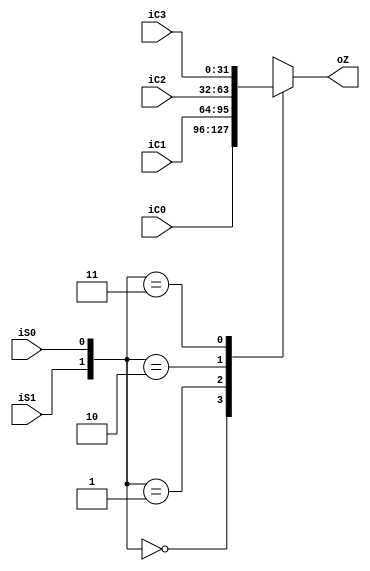
`timescale 1ns / 1ps
module MUX #(parameter WIDTH = 32)
(
    iC0,
    iC1,
    iC2,
    iC3,
    iS1,
    iS0,
    oZ
);
    input [WIDTH - 1:0] iC0;
    input [WIDTH - 1:0] iC1;
    input [WIDTH - 1:0] iC2;
    input [WIDTH - 1:0] iC3;
    input iS1;
    input iS0;

    output [WIDTH - 1:0] oZ;

    reg [WIDTH - 1:0] oZ;

    always @ (*)begin
        casex ({iS1,iS0})
            2'b00: oZ=iC0;
            2'b01: oZ=iC1;
            2'b10: oZ=iC2;
            2'b11: oZ=iC3;
        endcase
    end
endmodule